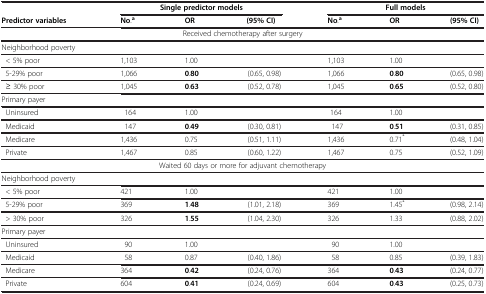
|  | <COLSPAN=3> Single predictor models | <COLSPAN=3> Full models |
 | Predictor variables | No.a | OR | (95%CI) | No.a | OR | (95%CI) |
 | --- | --- | --- | --- | --- | --- | --- |
 | <COLSPAN=7> Received chemotherapy after surgery |
 | <COLSPAN=7> Neighborhood poverty |
 | < 5% poor | 1,103 | 1.00 |  | 1,103 | 1.00 |  |
 | 5-29% poor | 1,066 | 0.80 | (0.65, 0.98) | 1,066 | 0.80 | (0.65, 0.98) |
 | ≥ 30% poor | 1,045 | 0.63 | (0.52, 0.78) | 1,045 | 0.65 | (0.52, 0.80) |
 | <COLSPAN=7> Primary payer |
 | Uninsured | 164 | 1.00 |  | 164 | 1.00 |  |
 | Medicaid | 147 | 0.49 | (0.30, 0.81) | 147 | 0.51 | (0.31, 0.85) |
 | Medicare | 1,436 | 0.75 | (0.51, 1.11) | 1,436 | 0.71* | (0.48, 1.04) |
 | Private | 1,467 | 0.85 | (0.60, 1.22) | 1,467 | 0.75 | (0.52, 1.09) |
 | <COLSPAN=7> Waited 60 days or more for adjuvant chemotherapy |
 | Neighborhood poverty | <COLSPAN=6>  |
 | < 5% poor | 421 | 1.00 |  | 421 | 1.00 |  |
 | 5-29% poor | 369 | 1.48 | (1.01, 2.18) | 369 | 1.45* | (0.98, 2.14) |
 | > 30% poor | 326 | 1.55 | (1.04, 2.30) | 326 | 1.33 | (0.88, 2.02) |
 | <COLSPAN=7> Primary payer |
 | Uninsured | 90 | 1.00 |  | 90 | 1.00 |  |
 | Medicaid | 58 | 0.87 | (0.40, 1.86) | 58 | 0.85 | (0.39, 1.83) |
 | Medicare | 364 | 0.42 | (0.24, 0.76) | 364 | 0.43 | (0.24, 0.77) |
 | Private | 604 | 0.41 | (0.24, 0.69) | 604 | 0.43 | (0.25, 0.73) |